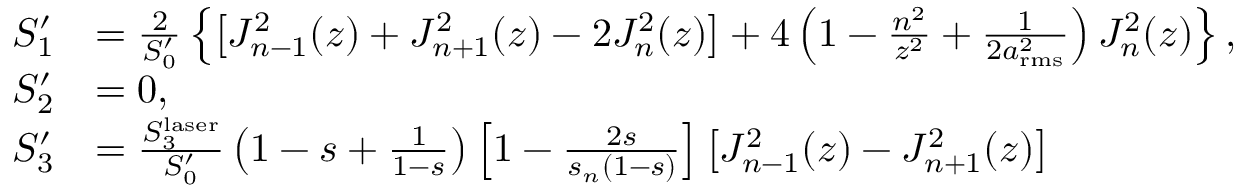
\begin{array} { r l } { S _ { 1 } ^ { \prime } } & { = \frac { 2 } { S _ { 0 } ^ { \prime } } \left\{ \left[ J _ { n - 1 } ^ { 2 } ( z ) + J _ { n + 1 } ^ { 2 } ( z ) - 2 J _ { n } ^ { 2 } ( z ) \right] + 4 \left( 1 - \frac { n ^ { 2 } } { z ^ { 2 } } + \frac { 1 } { 2 a _ { \mathrm { r m s } } ^ { 2 } } \right) J _ { n } ^ { 2 } ( z ) \right\} , } \\ { S _ { 2 } ^ { \prime } } & { = 0 , } \\ { S _ { 3 } ^ { \prime } } & { = \frac { S _ { 3 } ^ { \mathrm { l a s e r } } } { S _ { 0 } ^ { \prime } } \left( 1 - s + \frac { 1 } { 1 - s } \right) \left[ 1 - \frac { 2 s } { s _ { n } ( 1 - s ) } \right] \left[ J _ { n - 1 } ^ { 2 } ( z ) - J _ { n + 1 } ^ { 2 } ( z ) \right] } \end{array}